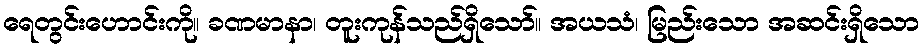
ရေတွင်းဟောင်းကို။ ခဏမာနာ၊ တူးကုန်သည်ရှိသော်။ အယသံ၊ မြည်းသော အဆင်းရှိသော